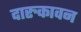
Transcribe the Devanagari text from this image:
दारुकावन